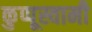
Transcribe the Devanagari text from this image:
कुप्पूस्वामी